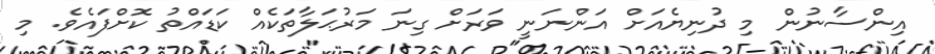
އިންސާނުން މި ދުނިޔެއަށް އަންނަނީ ވަރަށް ގިނަ މަރުޙަލާތަކެއް ކަޑައްތު ކޮށްފައެވެ. މި